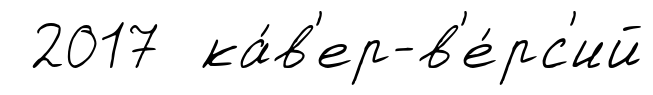
2017 ка́в'ер-в'е́рс'ий